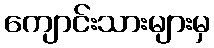
ကျောင်းသားများမှ